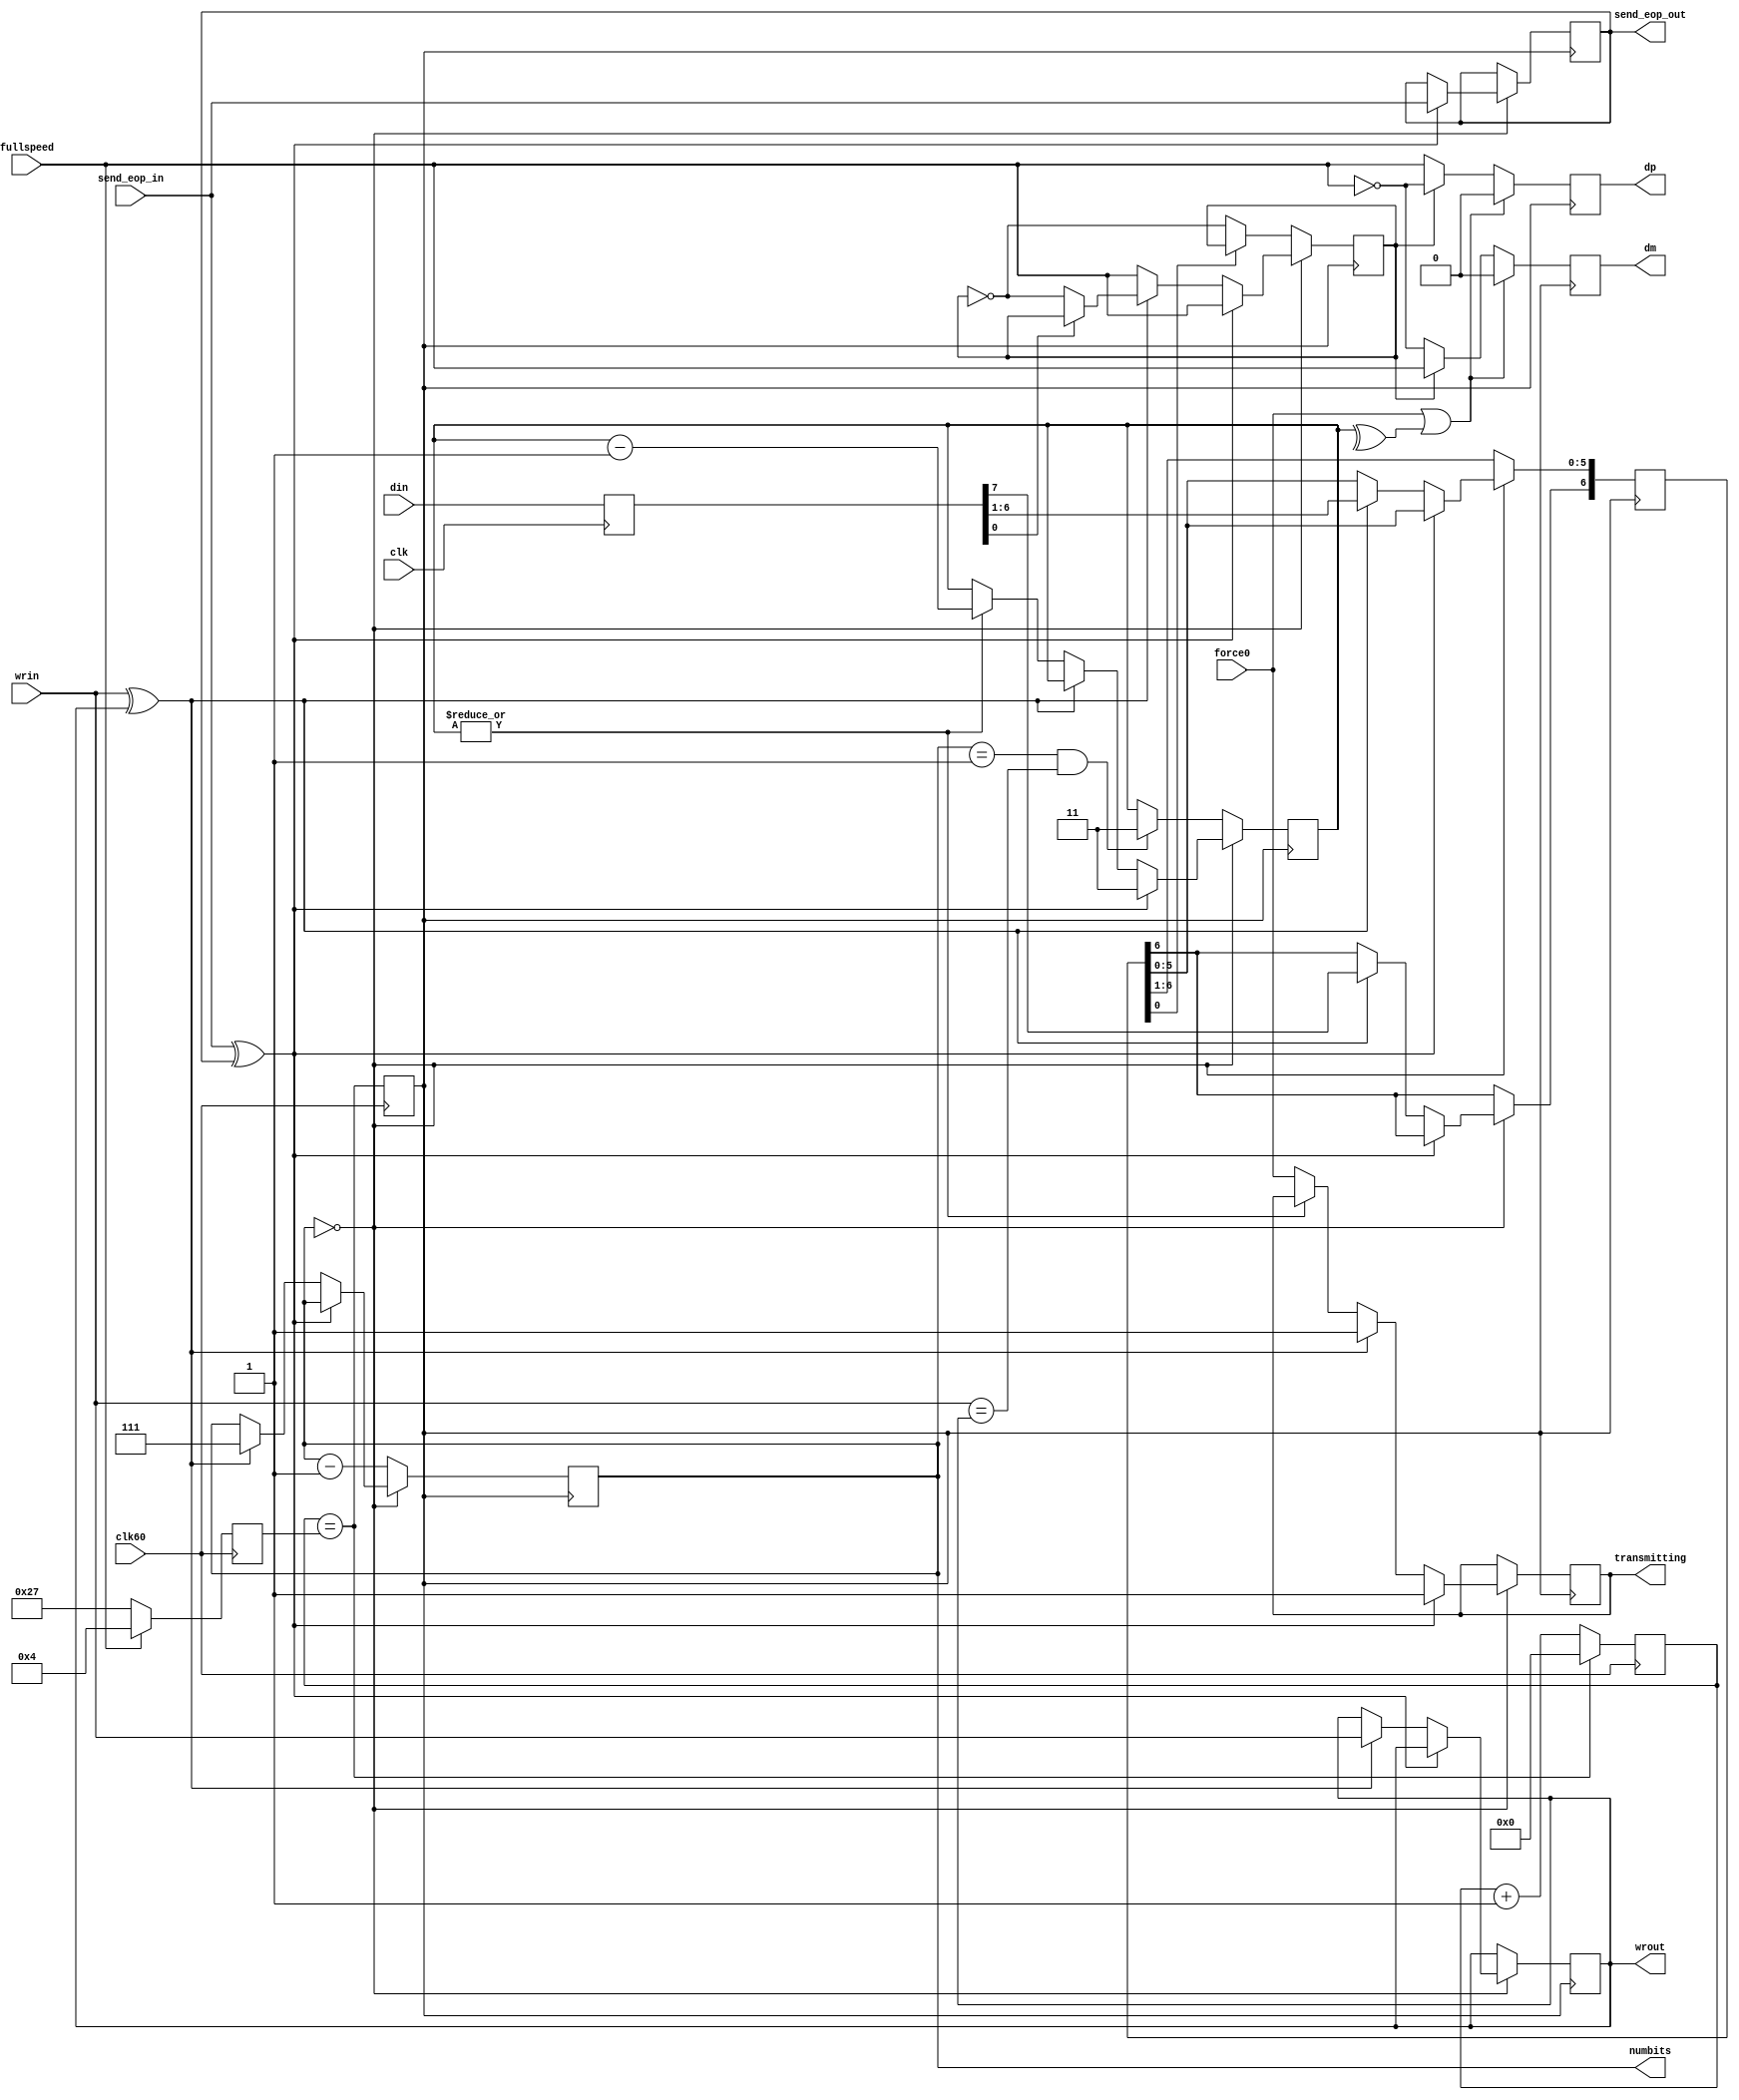
module USBtx(
	input wire clk,
	input wire clk60,
	
	input wire fullspeed,
	
	input wire [7:0] din,
	input wire wrin,
	output reg wrout,
	
	input wire force0,
	input wire send_eop_in,
	output reg send_eop_out,
	
	output reg transmitting,

	output reg [2:0] numbits,
	
	output reg dm,
	output reg dp
);

initial
begin
    dm = 1'b0;
    dp = 1'b0;
    wrout = 1'b0;
    numbits = 3'd0;
    div <= 6'd0;
    prescaler <= 6'd0;
    send_eop_out <= 1'b0;
	 transmitting = 1'b0;
	bitclk <= 1'b0;
end

reg [5:0] div;
reg [5:0] prescaler;

reg bitclk;

reg wr;
reg [7:0] dinbuf;

reg [6:0] d;
reg curbit;
reg [2:0] ones;

reg [1:0] eop;

always @(posedge clk)
begin
	dinbuf <= din;
end

always @(posedge clk60)
begin
	prescaler <= fullspeed ? 6'd4 : 6'd39;
	div <= div == prescaler ? 6'd0 : div + 1'd1;
	
	bitclk <= div == prescaler;
	
	// transmitting <= force0 || (wr) || (|numbits) || (|eop);
end

always @(posedge bitclk)
begin
	// dinbuf <= din;
	wr <= wrin ^ wrout;
	
	if (force0 || (^eop))
	begin
		dm <= 1'b0;
		dp <= 1'b0;
	end
	else if (curbit)
	begin
		dm <= fullspeed;
		dp <= ~fullspeed;
	end
	else
	begin
		dm <= ~fullspeed;
		dp <= fullspeed;
	end
	
	if (numbits == 3'd0)
	begin
		if (send_eop_in ^ send_eop_out)
		begin
			ones <= 3'd0;
			eop <= 2'b11;
			transmitting <= 1'b1;
			curbit <= fullspeed;
			send_eop_out <= send_eop_in;
		end
		else if (wrin ^ wrout)
		begin
			d <= dinbuf[7:1];
			if (dinbuf[0] == 1'b0)
				curbit <= ~curbit;
			else
				ones <= ones + 1'd1;
			numbits <= 3'd7;
			transmitting <= 1'b1;
			wrout <= wrin;
		end
		else
		begin
			ones <= 3'd0;
			curbit <= fullspeed;
			if (|eop)
			    eop <= eop - 1'd1;
			else
				transmitting <= force0;
		end
	end
	else
	begin
		/*
		if (ones == 3'd6)
		begin
			curbit <= ~curbit;
			ones <= 3'd0;
		end
		else
		begin
		*/
			numbits <= numbits - 1'd1;
			if ((numbits == 3'd1) && (wrin == wrout))
    			eop <= 2'b11;
			d[5:0] <= d[6:1];
			if (d[0] == 1'b0)
			begin
				curbit <= ~curbit;
				ones <= 3'd0;
			end
			else
				ones <= ones + 1'd1;
//		end
	end
end

endmodule